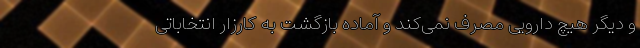
و دیگر هیچ دارویی مصرف نمی‌کند و آماده بازگشت به کارزار انتخاباتی